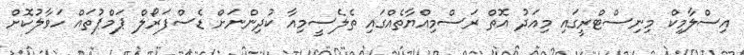
އިސްލާމިކް މިނިސްޓްރީގައި މިއަދު އޮތް ރަސްމިއްޔާތެއްގައި ތެލެސީމިއާ ކުދިންނަށް ޑެސްފަރޯލް ޕަމްޕުތައް ހަވާލުކޮށް